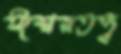
ঈশ্বরতত্ত্ব